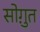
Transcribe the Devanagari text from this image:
सोग़ुत